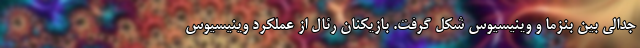
جدالی بین بنزما و وینیسیوس شکل گرفت. بازیکنان رئال از عملکرد وینیسیوس